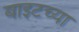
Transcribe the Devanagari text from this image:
बाइटच्या